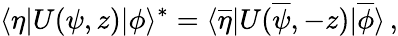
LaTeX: \langle\eta|U(\psi,z)|\phi\rangle^{\ast}=\langle\overline{{\eta}}|U(\overline{{\psi}},-z)|\overline{{\phi}}\rangle\, ,